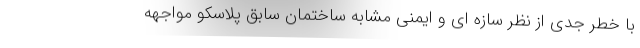
با خطر جدی از نظر سازه ای و ایمنی مشابه ساختمان سابق پلاسکو مواجهه